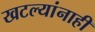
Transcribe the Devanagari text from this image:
खटल्यांनाही